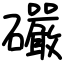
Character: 礹